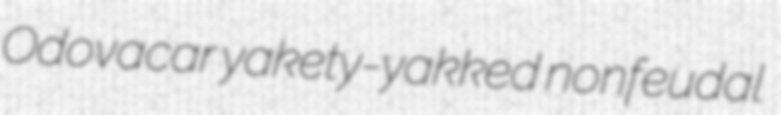
Odovacar yakety-yakked nonfeudal